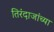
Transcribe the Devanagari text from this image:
तिरंदाजांच्या